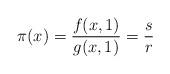
LaTeX: \begin{align*}\pi(x) = \frac{f(x,1)}{g(x,1)} = \frac{s}{r}\end{align*}